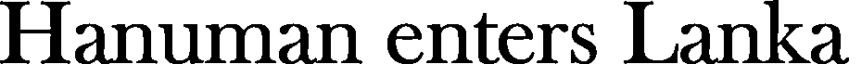
Hanuman enters Lanka